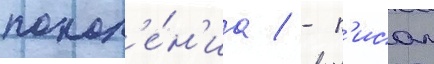
покол'е́н'иа / - п'исал